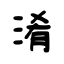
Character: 淆